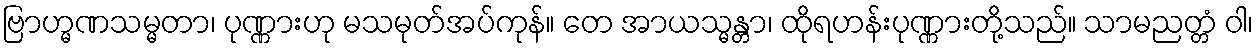
ဗြာဟ္မဏသမ္မတာ၊ ပုဏ္ဏားဟု မသမုတ်အပ်ကုန်။ တေ အာယသ္မန္တာ၊ ထိုရဟန်းပုဏ္ဏားတို့သည်။ သာမညတ္တံ ဝါ၊